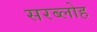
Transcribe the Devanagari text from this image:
सरब्लोह